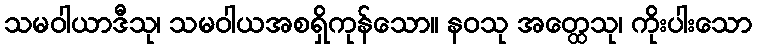
သမဝါယာဒီသု၊ သမဝါယအစရှိကုန်သော။ နဝသု အတ္ထေသု၊ ကိုးပါးသော